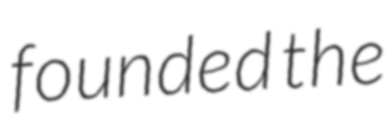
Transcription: founded the